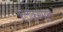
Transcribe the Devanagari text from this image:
कलाकुसरयुक्त